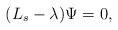
LaTeX: \begin{align*}(L_s-\lambda)\Psi=0,\end{align*}